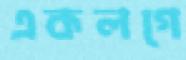
একলগে